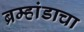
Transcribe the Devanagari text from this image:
ब्रम्हांडाचा